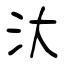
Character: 汏